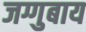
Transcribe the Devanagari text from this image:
जग्गुबाय